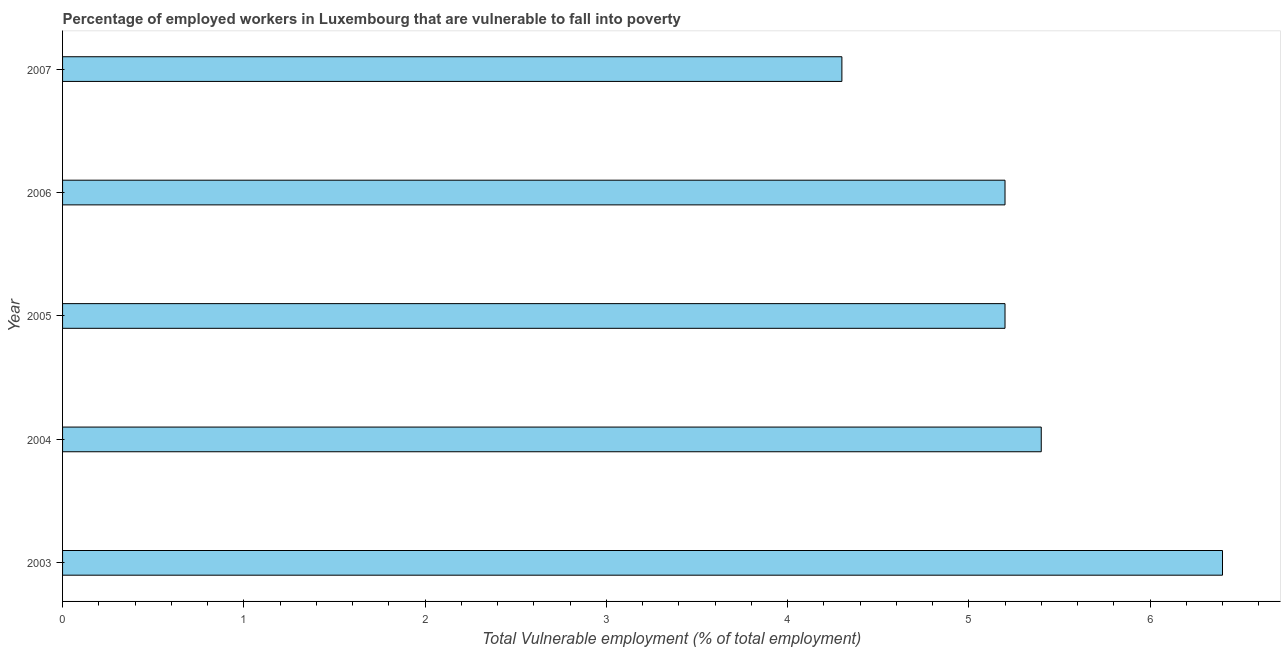
| Year | Vulnerable employment |
 | --- | --- |
 | 2003 | 6.4 |
 | 2004 | 5.4 |
 | 2005 | 5.2 |
 | 2006 | 5.2 |
 | 2007 | 4.3 |